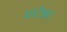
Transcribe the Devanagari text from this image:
घाटेश्वर